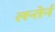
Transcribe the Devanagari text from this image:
लन्तेर्न